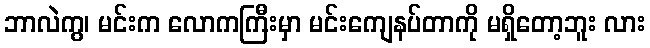
ဘာလဲကွ၊ မင်းက လောကကြီးမှာ မင်းကျေနပ်တာကို မရှိတော့ဘူး လား